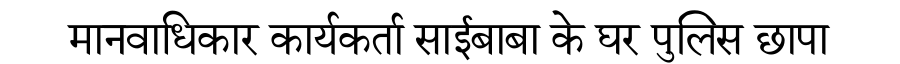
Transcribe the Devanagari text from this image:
मानवाधिकार कार्यकर्ता साईबाबा के घर पुलिस छापा